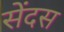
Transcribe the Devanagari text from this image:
सेंदस